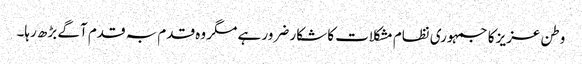
وطن عزیز کا جمہوری نظام مشکلات کا شکار ضرور ہے مگر وہ قدم بہ قدم آگے بڑھ رہا۔